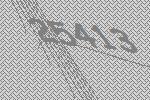
25413